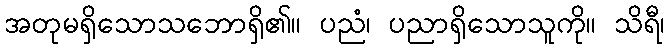
အတုမရှိသောသဘောရှိ၏။ ပညံ၊ ပညာရှိသောသူကို။ သိရီ၊